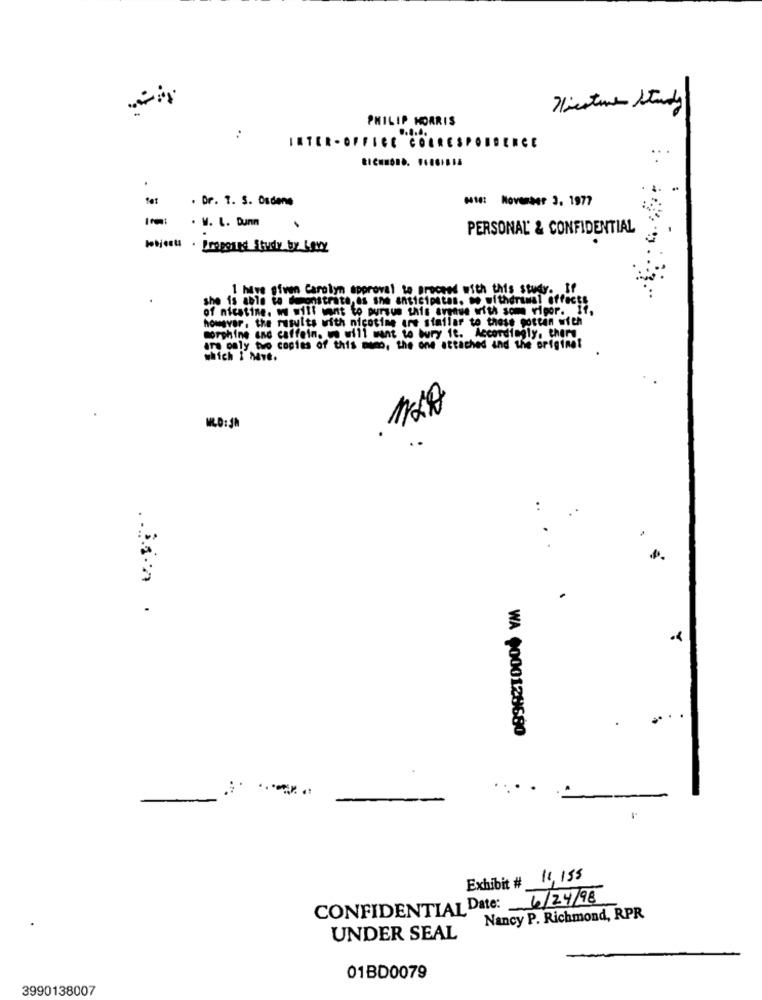
Hiestune Study
PHILIP MORRIS
..
INTER- OFFICE CORRESPONDENCE
.
. Dr. 1. S. Osdene
Ht: November 3. 1977
. V. L. Dunn
PERSONAL' & CONFIDENTIAL
· Prepared Study by Lovy
1 have given Carolyn approval to proceed with this study. If
she is able to demonstrate,es sne anticipatas. we withdrawal effects
of nicotine. we will want to pursue this argue with som vigor. If,
however, the results with nicotine are similar to these gotten with
morphine and caffein. we will want to bury ft. Accordingly, there
in only two copies of this mano, the one attached and the original
which I Mve.
..
WA +000128680
Exhibit # 11,155
CONFIDENTIAL Date: 6/24/98
Nancy P. Richmond, RPR
UNDER SEAL
01BD0079
3990138007